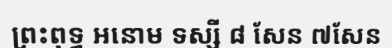
ព្រះពុទ្ធ អនោម ទស្សី ៨ សែន ៧សែន